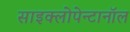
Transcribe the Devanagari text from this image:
साइक्लोपेन्टानॉल